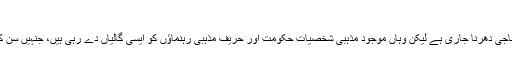
ڈی چوک کا دھرنا اور مغلظات اگلتی مذہبی شخصیات
ممتاز قادری کی پھانسی کے خلاف اسلام آباد میں احتجاجی دھرنا جاری ہے لیکن وہاں موجود مذہبی شخصیات حکومت اور حریف مذہبی رہنماؤں کو ایسی گالیاں دے رہی ہیں، جنہیں سن کر کوئی بھی مہذب انسان شرم سے پانی پانی ہو جائے۔